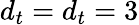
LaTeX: {d_{t}}={d_{t}}=3